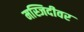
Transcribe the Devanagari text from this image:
मस्जिदीवर